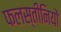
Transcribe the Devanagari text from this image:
फलस्तीनियों